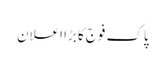
پاک فوج کا بڑا اعلان